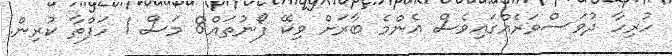
ހުރިހާ ދުވަސްވަރެއްގައިވެސް އެންމެ ބާރަށް ވިކޭ ފޯނުތައް8 މަސް 1 ހަފްތާ ކުރިން.